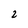
Character: 2